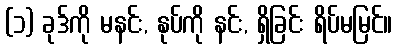
(၁) ခုဒ်ကို မနင်း, နုပ်ကို နင်း, ရှိခြင်း ရိပ်မမြင်။